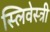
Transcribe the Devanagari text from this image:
स्लिवेस्त्री